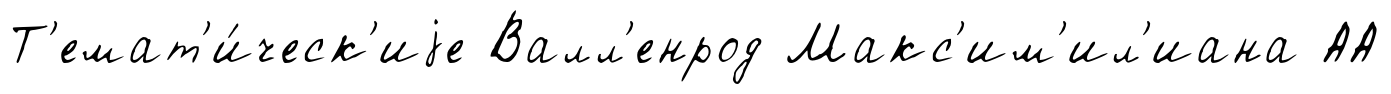
Т'емат'и́ческ'иjе Валл'енрод Макс'им'ил'иана АА